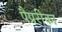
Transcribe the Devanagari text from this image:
पैप्ररीका